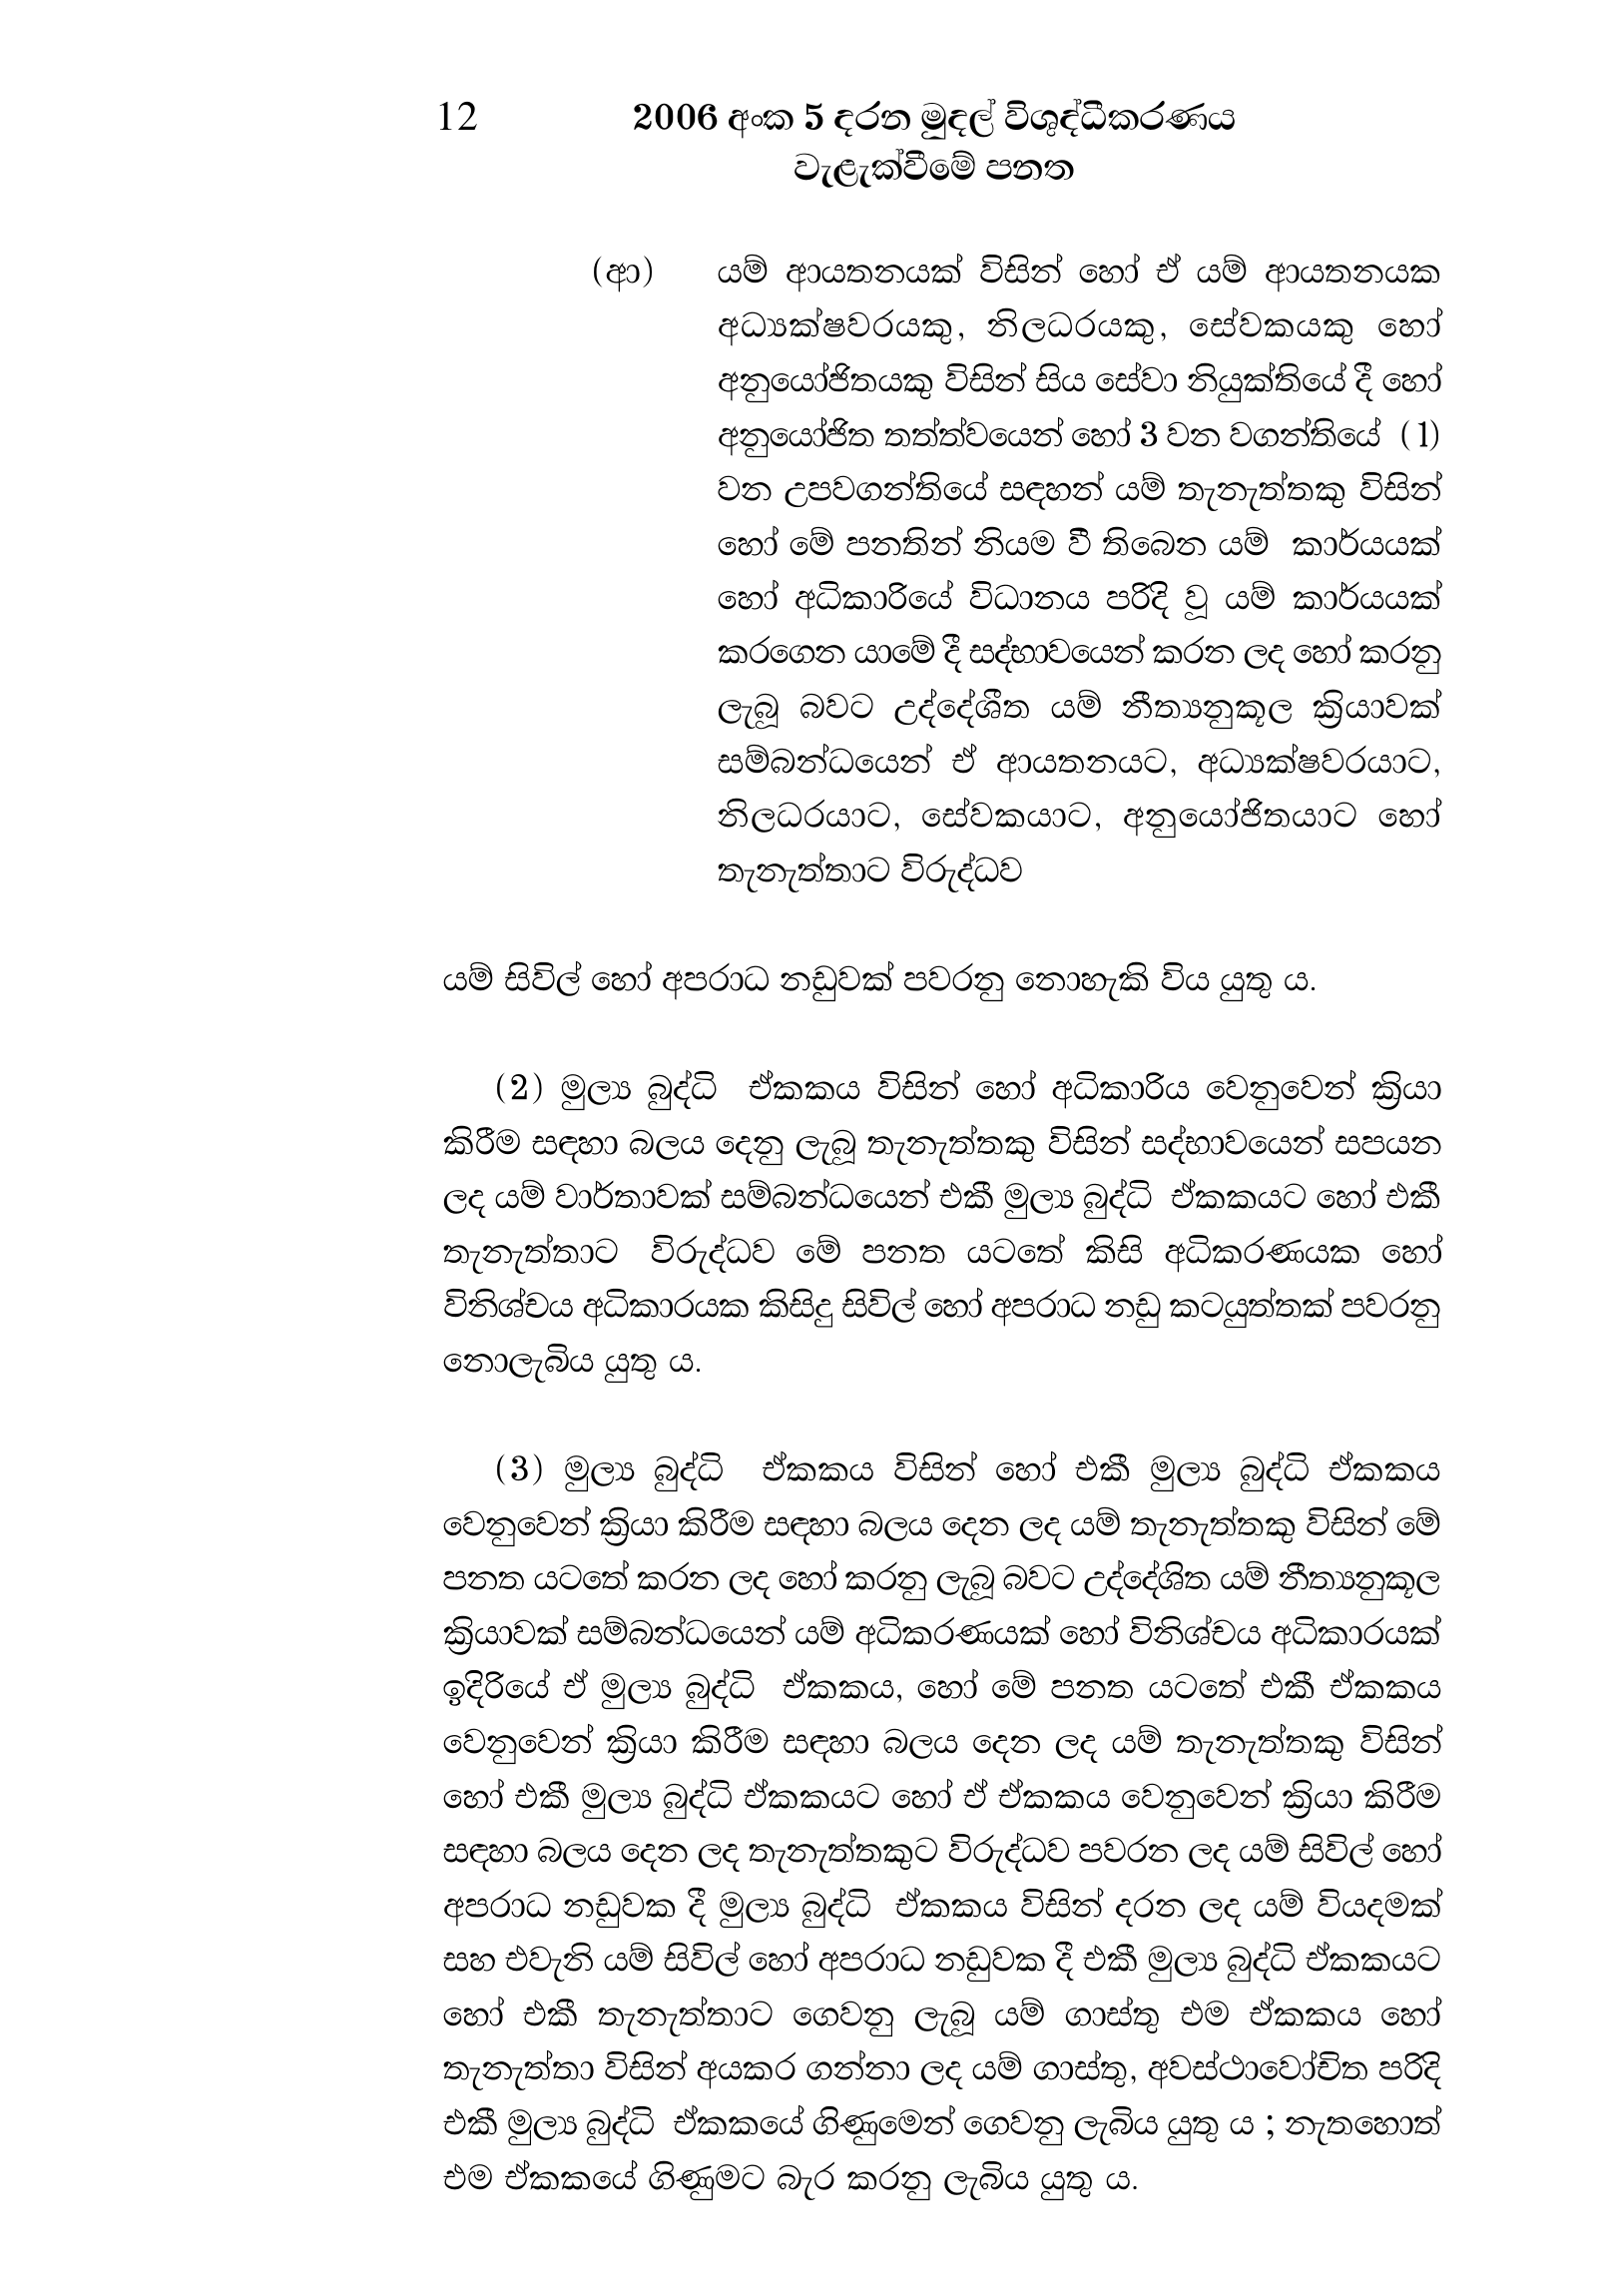
12 2006 අංක 5 දරන මුදල් විශුද්ධීකරණය
වැළැක්වීමේ පනත

(ආ) යම් ආයතනයක් විසින් හෝ ඒ යම් ආයතනයක
අධ්‍යක්ෂවරයකු, නිලධරයකු, සේවකයකු හෝ
අනුයෝජිතයකු විසින් සිය සේවා නියුක්තියේ දී හෝ
අනුයෝජිත තත්ත්වයෙන් හෝ 3 වන වගන්තියේ (1)
වන උපවගන්තියේ සඳහන් යම් තැනැත්තකු විසින්
හෝ මේ පනතින් නියම වී තිබෙන යම් කාර්යයක්
හෝ අධිකාරියේ විධානය පරිදි වූ යම් කාර්යයක්
කරගෙන යාමේ දී සද්භාවයෙන් කරන ලද හෝ කරනු
ලැබූ බවට උද්දේශීත යම් නීත්‍යනුකූල ක්‍රියාවක්
සම්බන්ධයෙන් ඒ ආයතනයට, අධ්‍යක්ෂවරයාට,
නිලධරයාට, සේවකයාට, අනුයෝජිතයාට හෝ
තැනැත්තාට විරුද්ධව

යම් සිවිල් හෝ අපරාධ නඩුවක් පවරනු නොහැකි විය යුතු ය.

(2) මුල්‍ය බුද්ධි ඒකකය විසින් හෝ අධිකාරිය වෙනුවෙන් ක්‍රියා
කිරීම සඳහා බලය දෙනු ලැබූ තැනැත්තකු විසින් සද්භාවයෙන් සපයන
ලද යම් වාර්තාවක් සම්බන්ධයෙන් එකී මුල්‍ය බුද්ධි ඒකකයට හෝ එකී
තැනැත්තාට විරුද්ධව මේ පනත යටතේ කිසි අධිකරණයක හෝ
විනිශ්චය අධිකාරයක කිසිදු සිවිල් හෝ අපරාධ නඩු කටයුත්තක් පවරනු
නොලැබිය යුතු ය.

(3) මුල්‍ය බුද්ධි ඒකකය විසින් හෝ එකී මුල්‍ය බුද්ධි ඒකකය
වෙනුවෙන් ක්‍රියා කිරීම සඳහා බලය දෙන ලද යම් තැනැත්තකු විසින් මේ
පනත යටතේ කරන ලද හෝ කරනු ලැබූ බවට උද්දේශිත යම් නීත්‍යනුකූල
ක්‍රියාවක් සම්බන්ධයෙන් යම් අධිකරණයක් හෝ විනිශ්චය අධිකාරයක්
ඉදිරියේ ඒ මුල්‍ය බුද්ධි ඒකකය, හෝ මේ පනත යටතේ එකී ඒකකය
වෙනුවෙන් ක්‍රියා කිරීම සඳහා බලය දෙන ලද යම් තැනැත්තකු විසින්
හෝ එකී මුල්‍ය බුද්ධි ඒකකයට හෝ ඒ ඒකකය වෙනුවෙන් ක්‍රියා කිරීම
සඳහා බලය දෙන ලද තැනැත්තකුට විරුද්ධව පවරන ලද යම් සිවිල් හෝ
අපරාධ නඩුවක දී මුල්‍ය බුද්ධි ඒකකය විසින් දරන ලද යම් වියදමක්
සහ එවැනි යම් සිවිල් හෝ අපරාධ නඩුවක දී එකී මුල්‍ය බුද්ධි ඒකකයට
හෝ එකී තැනැත්තාට ගෙවනු ලැබූ යම් ගාස්තු එම ඒකකය හෝ
තැනැත්තා විසින් අයකර ගන්නා ලද යම් ගාස්තු, අවස්ථාවෝචිත පරිදි
එකී මුල්‍ය බුද්ධි ඒකකයේ ගිණුමෙන් ගෙවනු ලැබිය යුතු ය ; නැතහොත්
එම ඒකකයේ ගිණුමට බැර කරනු ලැබිය යුතු ය.